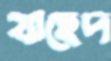
যাহেদ